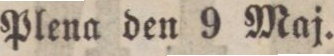
Plena den 9 Maj.